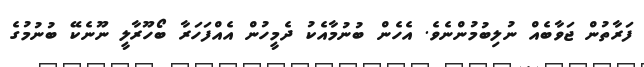
ފަރާތުން ޖަވާބެއް ނުލިބުމުންނެވެ. އެހެން ބުނުމާއެކު ދެމީހުން އެއްފަހަރާ ބޯހޫރާލީ ނޫނެކޭ ބުނުމުގެ